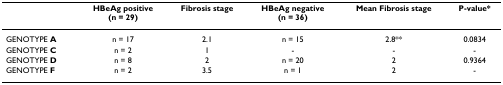
|  | HBeAg positive(n = 29) | Fibrosis stage | HBeAg negative(n = 36) | Mean Fibrosis stage | P-value* |
 | --- | --- | --- | --- | --- | --- |
 | GENOTYPE A | n = 17 | 2.1 | n = 15 | 2.8** | 0.0834 |
 | GENOTYPE C | n = 2 | 1 | - | - | - |
 | GENOTYPE D | n = 8 | 2 | n = 20 | 2 | 0.9364 |
 | GENOTYPE F | n = 2 | 3.5 | n = 1 | 2 | - |